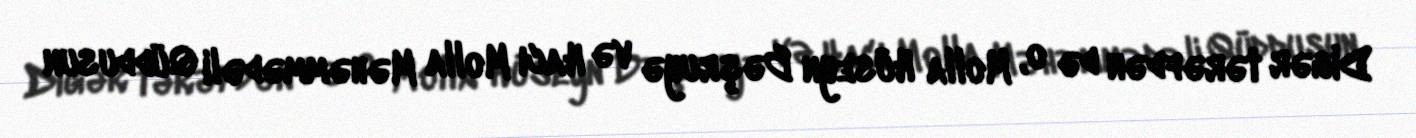
Digər tərəfdən də o, Molla Hüseyn Bəşruyə və Hacı Molla Məhəmmədəli Qüddusun